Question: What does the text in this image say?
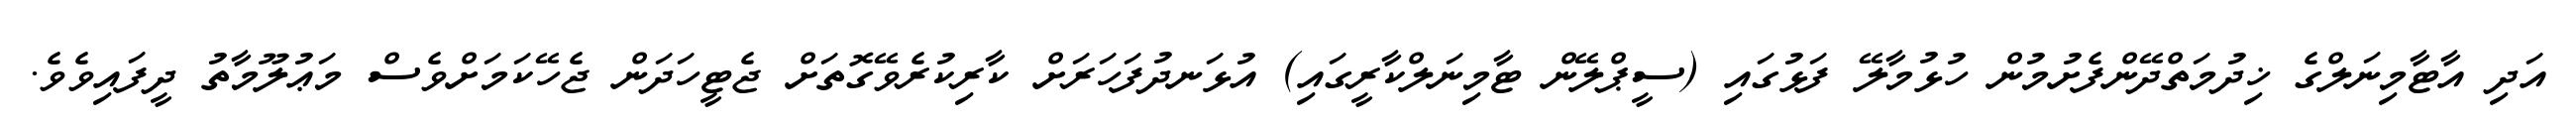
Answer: އަދި އާޓާމިނަލްގެ ޚިދުމަތްދޭންފެށުމުން ހުޅުމާލޭ ފަޅުގައި (ސީޕްލޭން ޓާމިނަލްކާރީގައި) އުޅަނދުފަހަރަށް ކާރިކުރެވޭގޮތަށް ޖެޓީހަދަން ޖެހޭކަމަށްވެސް މަޢުލޫމާތު ދީފައިވެވެ.